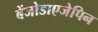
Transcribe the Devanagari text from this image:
बेंजोडाएजेपिन